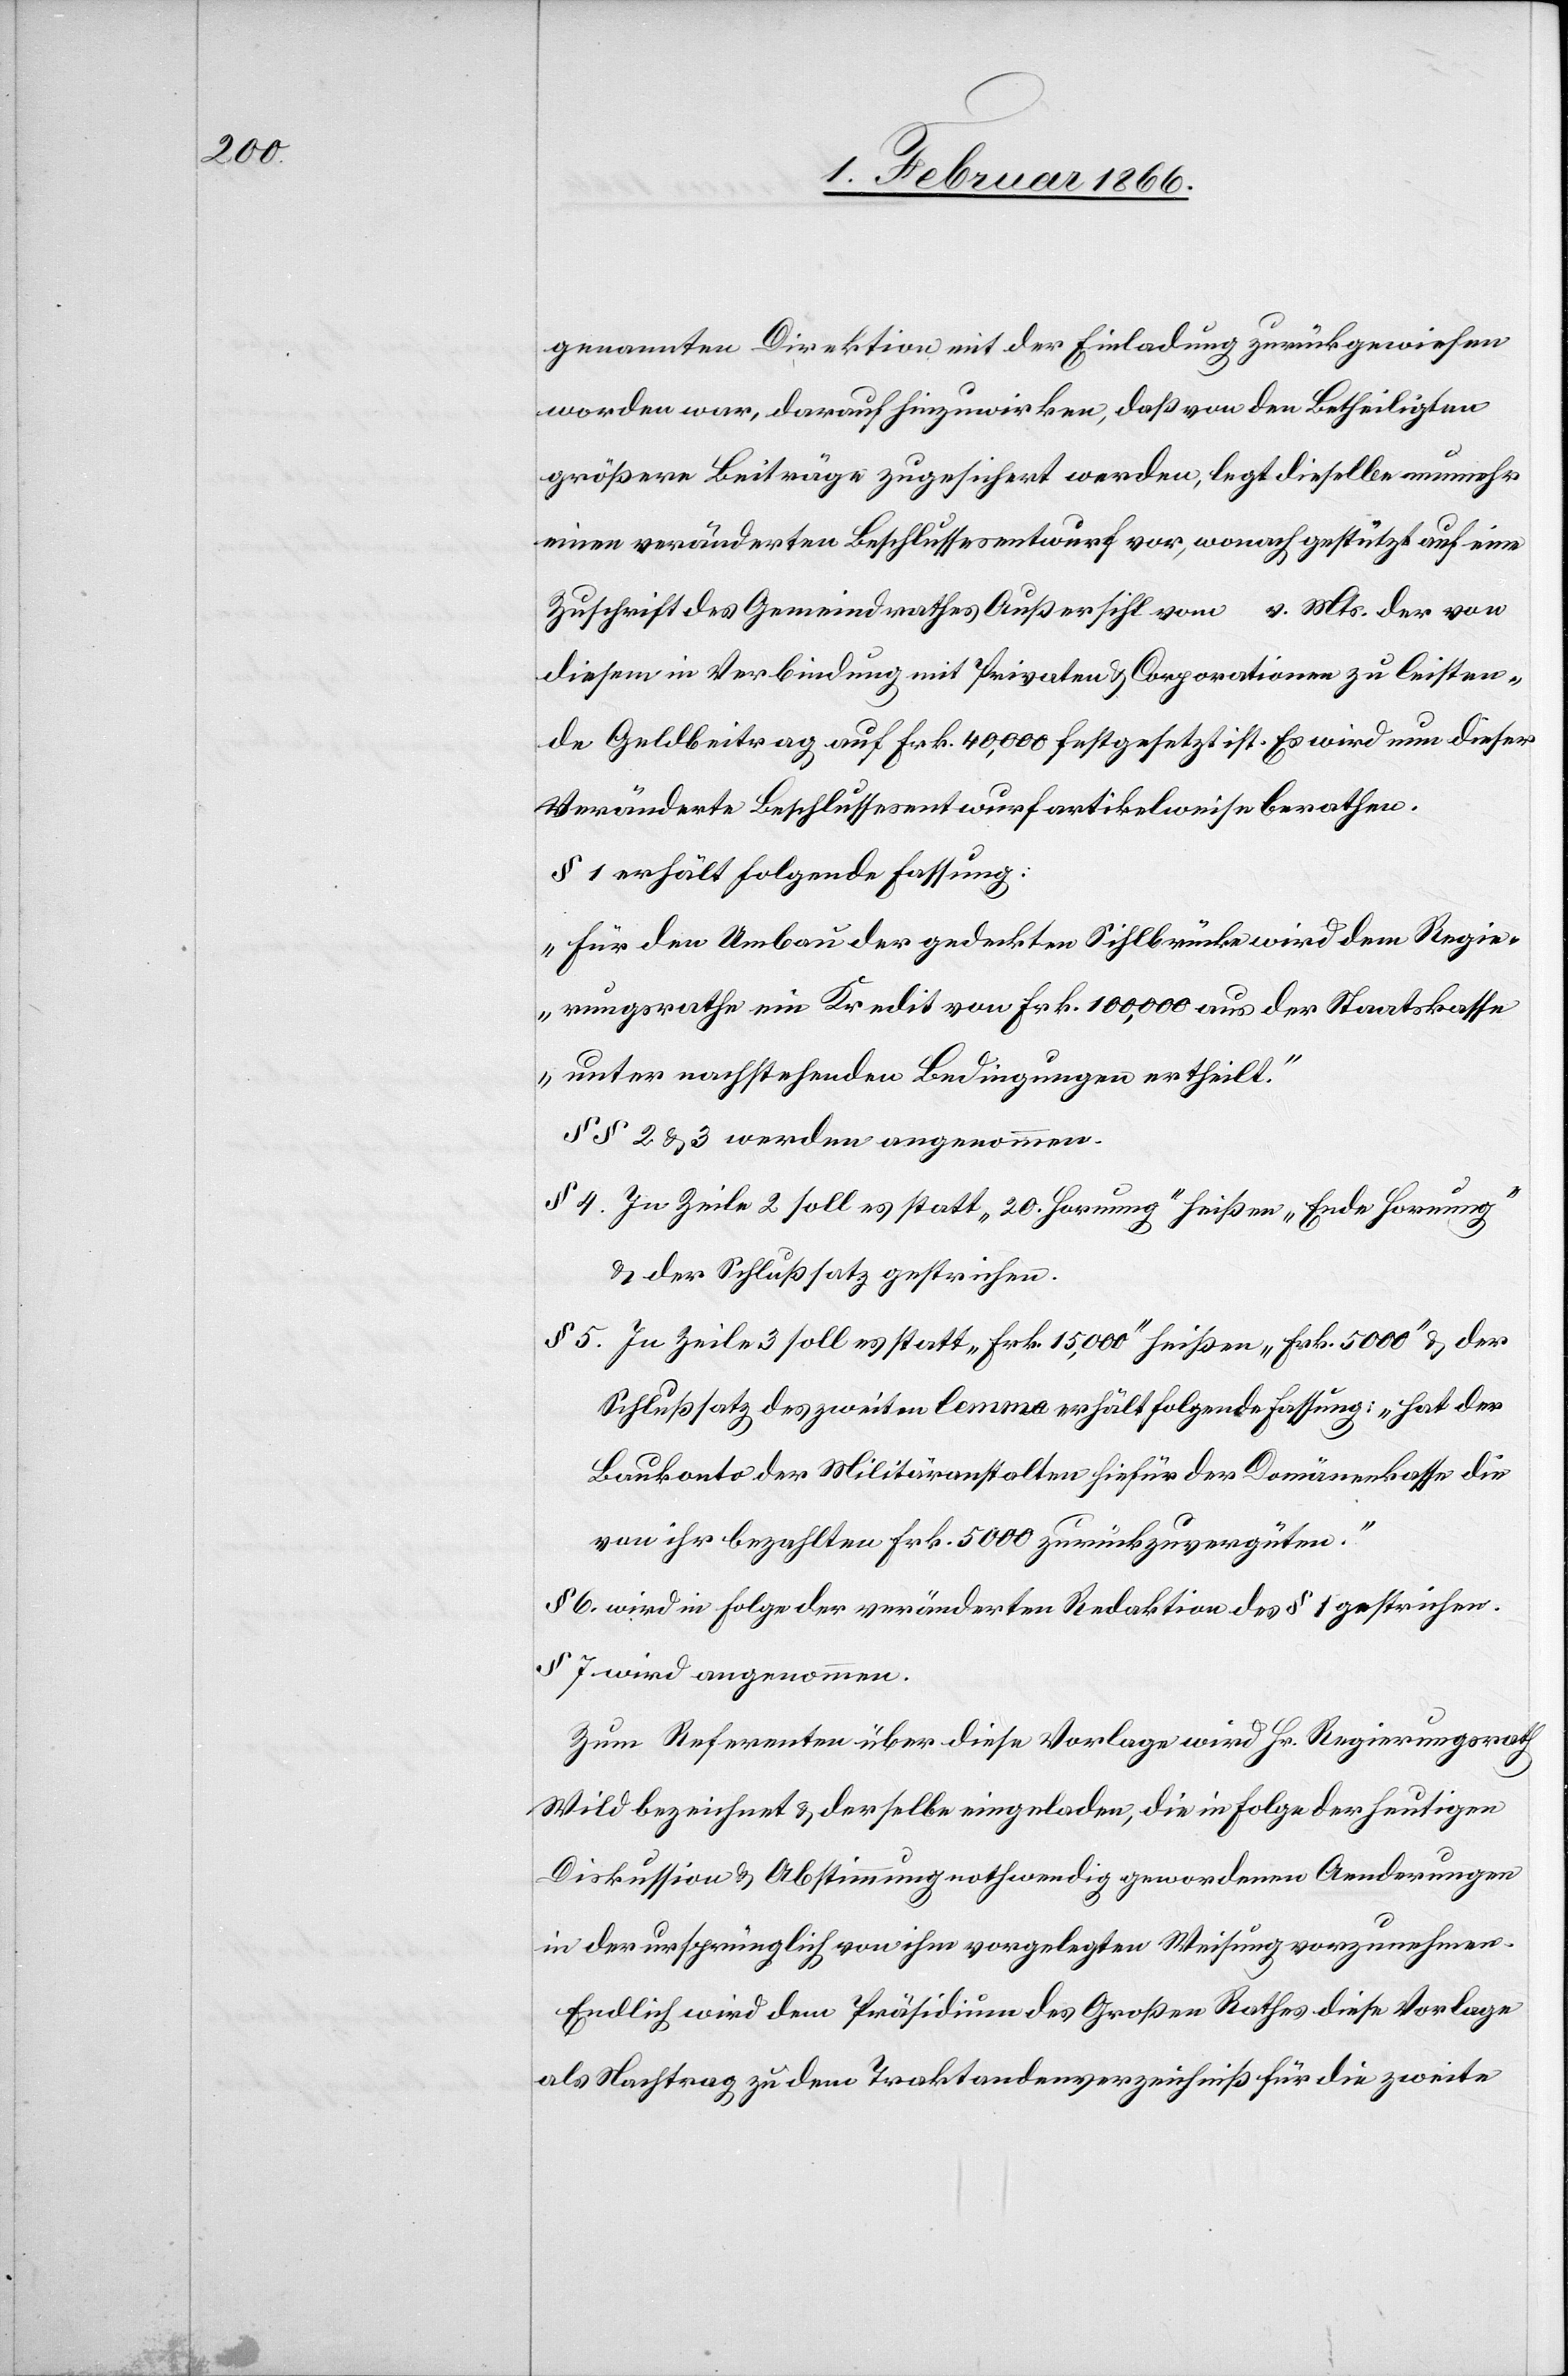
genannten Direktion mit der Einladung zurückgewiesen
worden war, darauf hinzuwirken, daß von den Betheiligten
größere Beiträge zugesichert werden, legt dieselbe nunmehr
einen veränderten Beschlussesentwurf vor, wonach gestützt auf eine
Zuschrift des Gemeindrathes Außersihl vom … v. Mts. der von
diesem in Verbindung mit Privaten u. Corporationen zu leisten¬
den Geldbeitrag auf Frk. 40 000 festgesetzt ist. Es wird nun dieser
veränderte Beschlussesentwurf artikelweise berathen.
§ 1 erhält folgende Fassung:
„Für den Umbau der gedeckten Silhlbrücke wird dem Regie¬
rungsrathe ein Kredit von Frk. 100 000 aus der Staatskasse
unter nachstehenden Bedingungen ertheilt.“
§§ 2 u. 3 werden angenommen.
§ 4. In Zeile 2 soll es statt „20. Hornung“ heißen „Ende Hornung“
u. der Schlußsatz gestrichen.
§ 5. In Zeile 3 soll es statt „Frk. 15 000“ heißen „Frk. 5000“ u. der
Schlußsatz des zweiten Lemma erhält folgende Fassung: „hat der
Baukonto der Militäranstalten hiefür der Domänenkasse die
von ihr bezahlten Frk. 5000 zurückzuvergüten.“
§ 6. wird in Folge der veränderten Redaktion des § 1 gestrichen.
§ 7 wird angenommen.
Zum Referenten über diese Vorlage wird Hr. Regierungsrath
Wild bezeichnet u. derselbe eingeladen, die in Folge der heutigen
Diskussion u. Abstimmung nothwendig gewordenen Aenderungen
in der ursprünglich von ihm vorgelegten Weisung vorzunehmen.
Endlich wird dem Präsidenten des Großen Rathes diese Vorlage
als Nachtrag zu dem Traktandenverzeichniß für die zweite